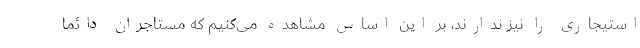
استیجاری را نیز ندارند، بر این اساس مشاهده می‌کنیم که مستاجران دائماً